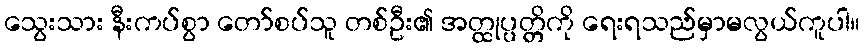
သွေးသား နီးကပ်စွာ တော်စပ်သူ တစ်ဦး၏ အတ္ထုပ္ပတ္တိကို ရေးရသည်မှာမလွယ်ကူပါ။